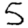
Digit: 5